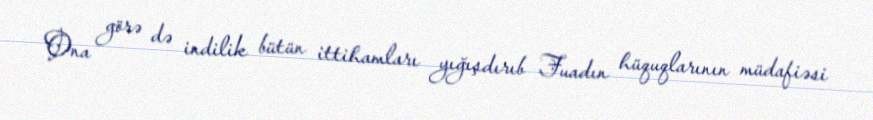
Ona görə də indilik bütün ittihamları yığışdırıb Fuadın hüquqlarının müdafiəsi